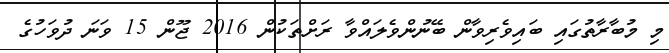
މި މުބާރާތުގައި ބައިވެރިވާން ބޭނުންވެލައްވާ ރަށްތަކުން 2016 ޖޫން 15 ވަނަ ދުވަހުގެ